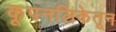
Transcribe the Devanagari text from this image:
कूपनलिकेतून